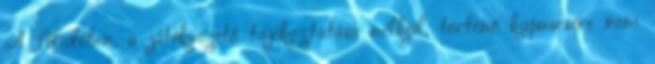
A félidőben, a játékvezető tájékoztatása nélkül, történő kapuscsere nem